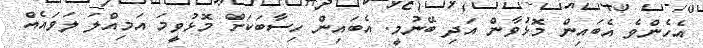
އެހެންވެ އެބައިން މޮޅުވާން އަދި ބޭނުމީ. އެބައިން ހިސާބަކަށް މޮޅުވީމަ އަމިއްލަ ލަވައެއް